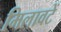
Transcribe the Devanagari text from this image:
मिलावटें